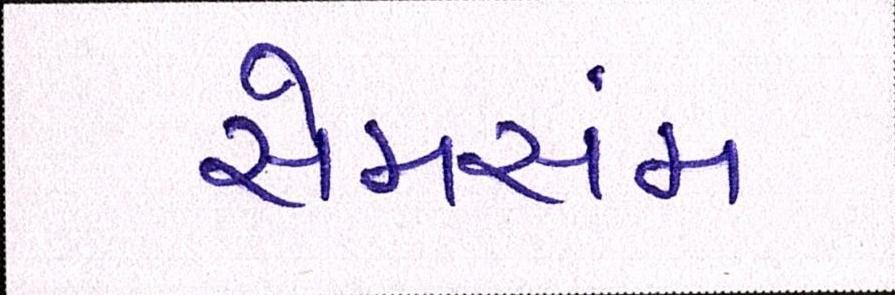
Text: સેમસંમ